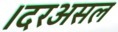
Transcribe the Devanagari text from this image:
।दरअसल